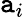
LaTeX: \mathtt{a}_{i}